Voisiku_vallavalitsus, lk 104
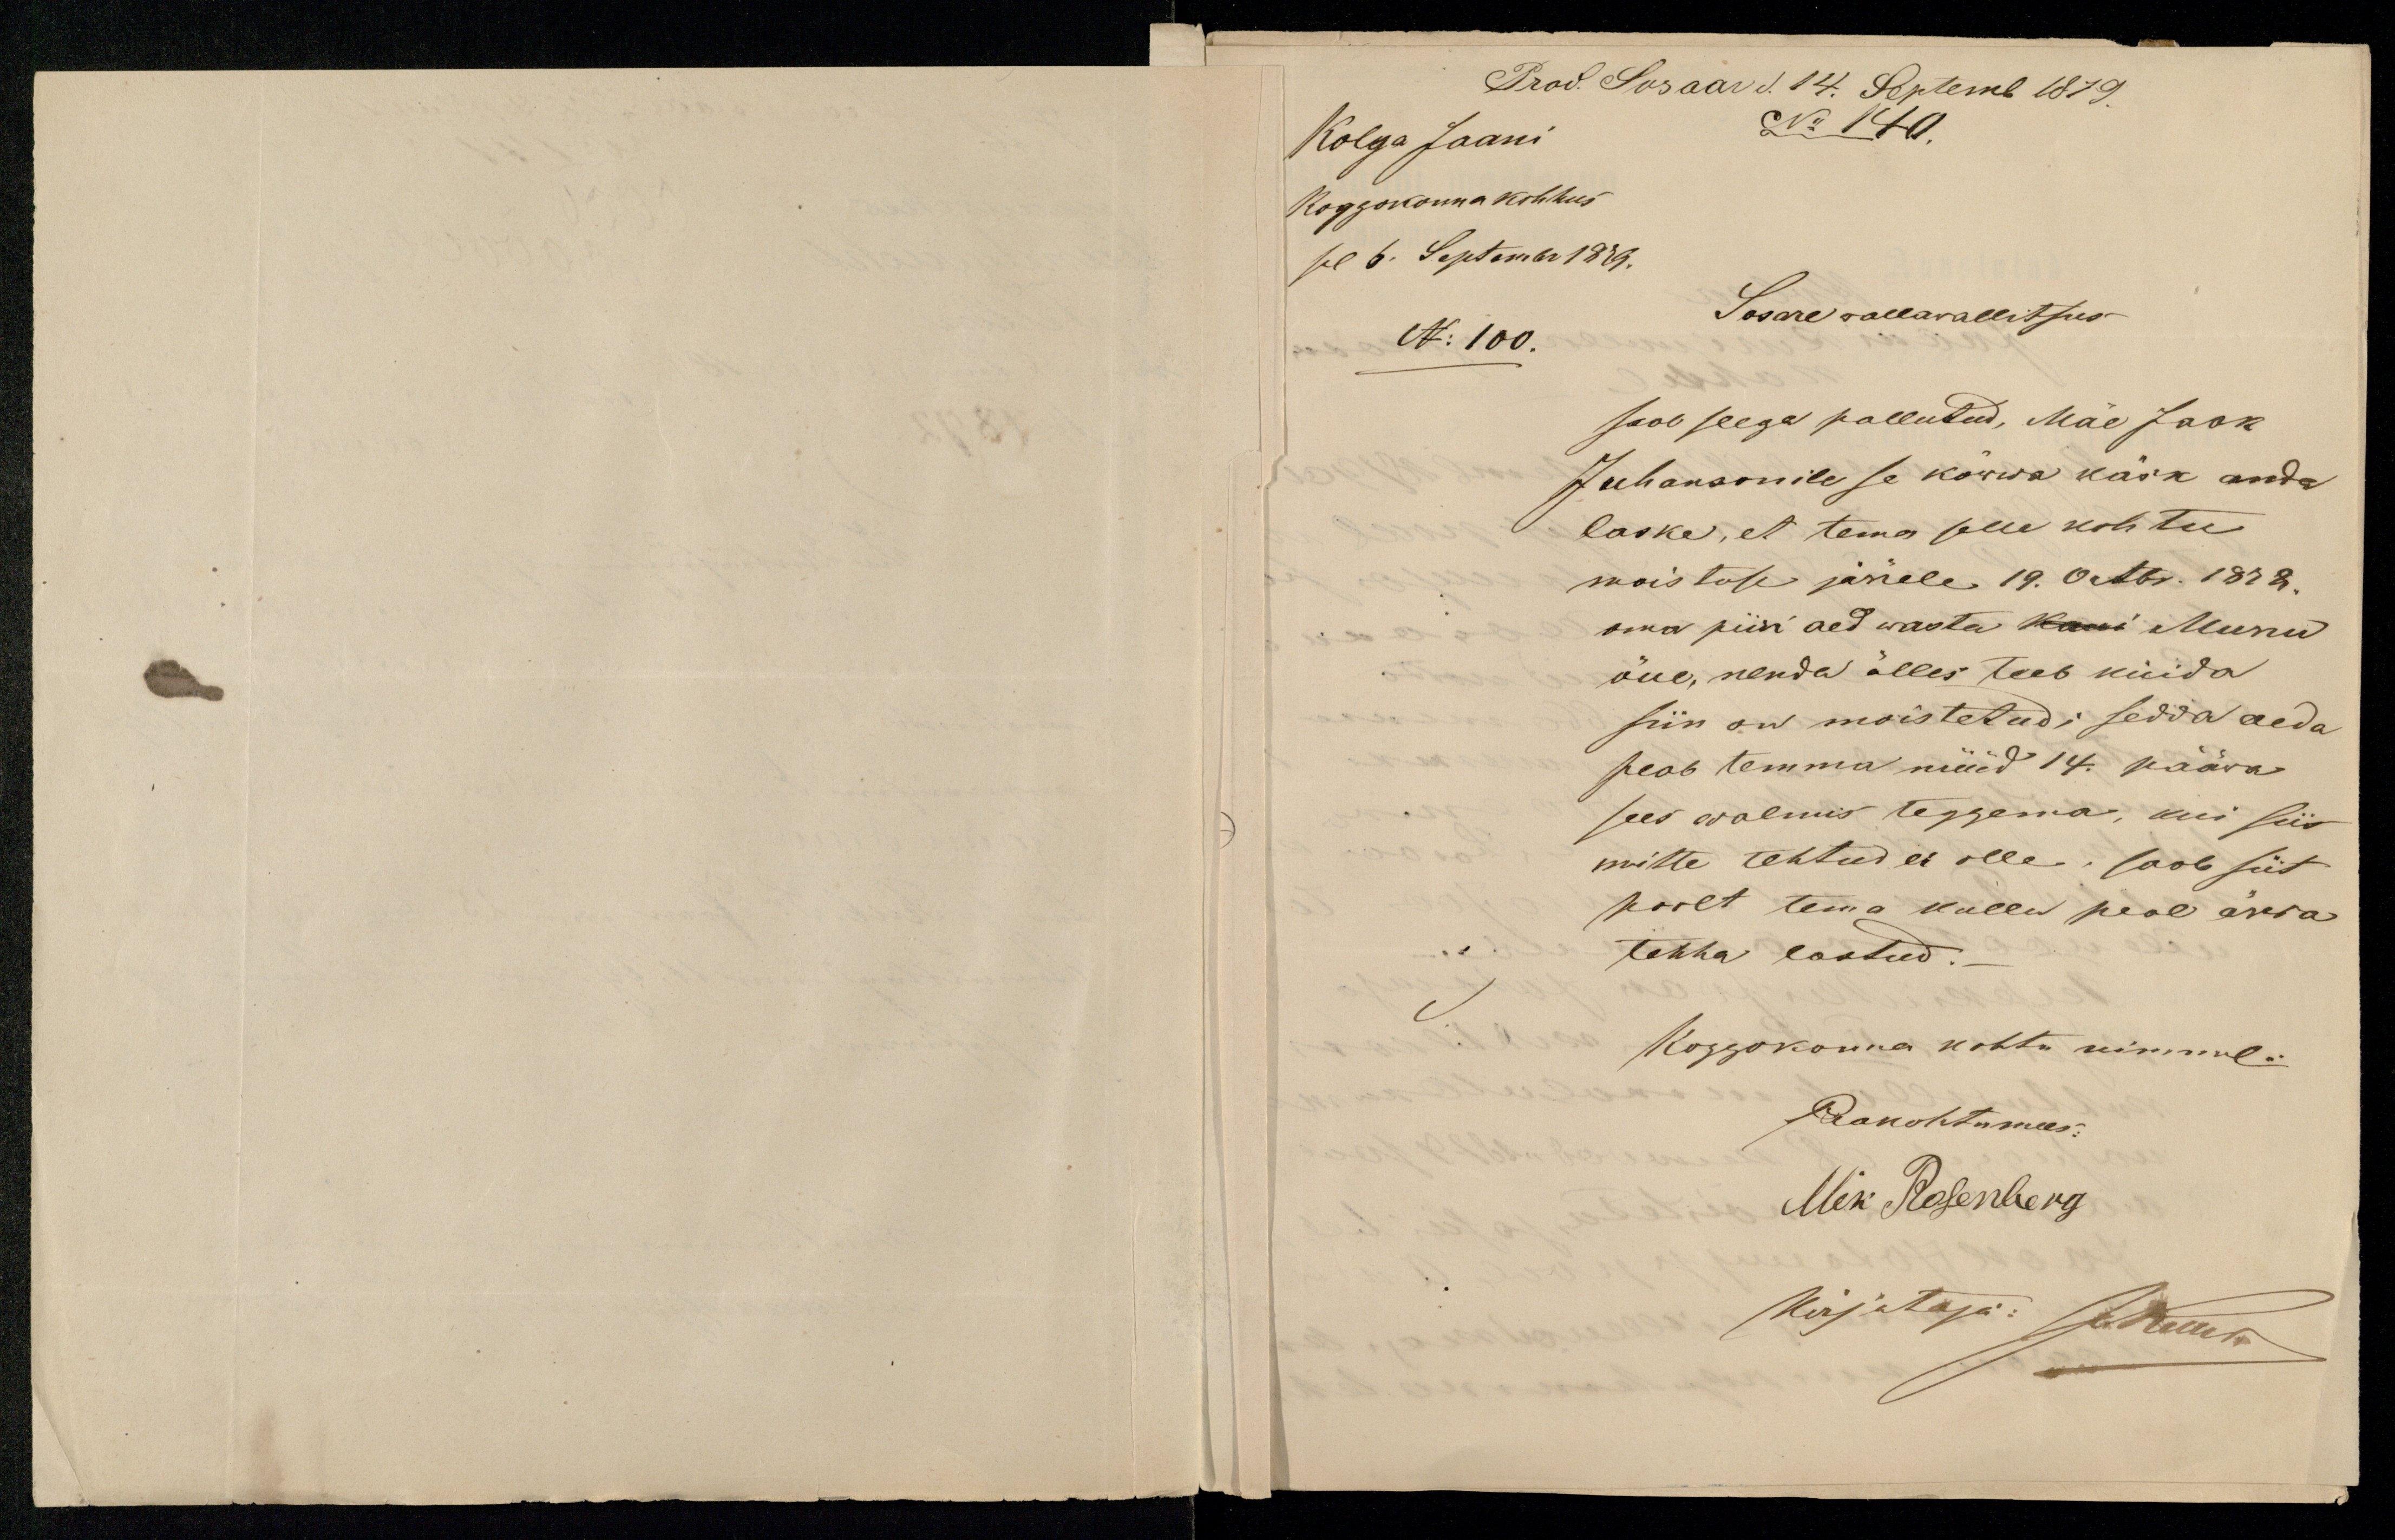
Prod. Sosaar d. 14. Septemb 1879.
Kolga Jaani
No 140
Koggokonna kohhus
sel 6. Septembr 1879.
Sosare vallavallitsus
No 100.
saab seega pallutud, Mäe Jaak
Juhansonile se köwwa käsk anda
laske, et tema selle kohtu
moistuse järrele 19. Octbr. 1878.
oma piiri aed wasta kuni Meenu
õue, nenda ölles teeb kuida
siin on moistetud: sedda aeda
peab temma nüüd 14. pääwa
sees walmis teggema, kui siis
mitte tehtud ei olle, saab siit
poolt tema kullu peal ärra
tehha lastud.
Koggokonna kohtu nimmel.
Peakohtumees:
Mik Rosenberg
Kirjutaja: Juhuus